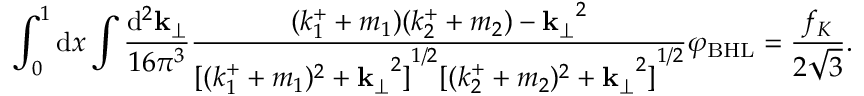
\int _ { 0 } ^ { 1 } { \mathrm { d } } x \int \frac { { \mathrm { d } } ^ { 2 } { \bf k } _ { \perp } } { 1 6 { \pi } ^ { 3 } } \frac { ( k _ { 1 } ^ { + } + m _ { 1 } ) ( k _ { 2 } ^ { + } + m _ { 2 } ) - { { \bf k } _ { \perp } } ^ { 2 } } { { [ ( k _ { 1 } ^ { + } + m _ { 1 } ) ^ { 2 } + { { \bf k } _ { \perp } } ^ { 2 } ] } ^ { 1 / 2 } { [ ( k _ { 2 } ^ { + } + m _ { 2 } ) ^ { 2 } + { { \bf k } _ { \perp } } ^ { 2 } ] } ^ { 1 / 2 } } { \varphi } _ { \mathrm { B H L } } = \frac { f _ { K } } { 2 \sqrt { 3 } } .